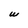
Character: W